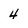
Character: 4